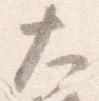
大